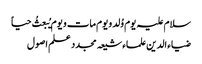
سلام علیہ یوم وُلد و یوم مات و یوم یُبعثُ حیاً
ضیاء الدین علماء شیعہ مجدد علم اصول